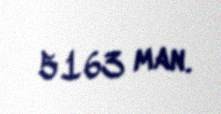
5163 man.